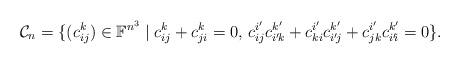
LaTeX: \begin{align*}\mathcal C_n=\{(c_{ij}^k)\in\mathbb F^{n^3}\mid c_{ij}^k+c_{ji}^k=0,\,c_{ij}^{i'\!}c_{i'\!k}^{k'\!}+c_{ki}^{i'\!}c_{i'\!j}^{k'\!}+c_{jk}^{i'\!}c_{i'\!i}^{k'\!}=0\}.\end{align*}